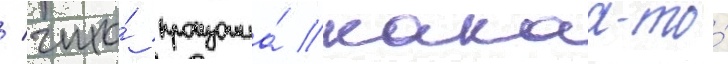
/ что́ произошла́ какаа-то́